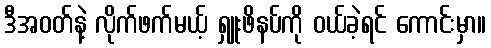
ဒီအဝတ်နဲ့ လိုက်ဖက်မယ့် ရှူးဖိနပ်ကို ဝယ်ခဲ့ရင် ကောင်းမှာ။